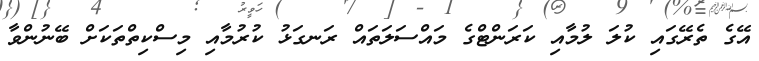
އޭގެ ތެރޭގައި ކުލަ ލުމާއި ކަރަންޓްގެ މައްސަލަތައް ރަނގަޅު ކުރުމާއި މިސްކިތްތަކަށް ބޭނުންވާ